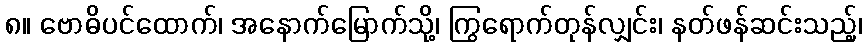
၈။ ဗောဓိပင်ထောက်၊ အနောက်မြောက်သို့၊ ကြွရောက်တုန်လျှင်း၊ နတ်ဖန်ဆင်းသည့်၊